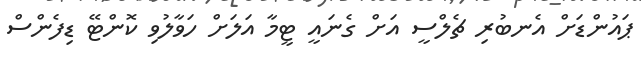
ޕައުންޑަށް އެނބުރި ޗެލްސީ އަށް ގެނައީ ޓީމާ އަލަށް ހަވާލުވި ކޮންޓޭ ޑިފެންސް